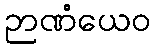
ဉာဏံယေဝ